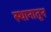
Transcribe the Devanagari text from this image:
स्थानातून